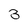
Character: 3